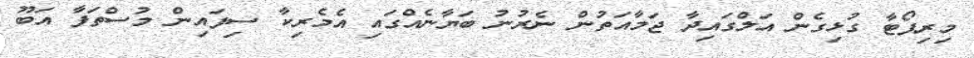
މިރިޕޯޓާ ގުޅިގެން އަލްގައިދާ ޖަމާއަތުން ނެރުނު ބަޔާނެއްގައި އެމެރިކާ ސިފައިން މުސްތަފާ އަބޫ